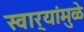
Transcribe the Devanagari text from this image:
स्वार्‍यांमुळे